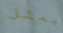
بمثل